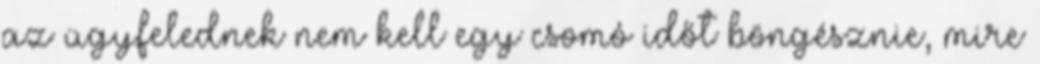
az ügyfelednek nem kell egy csomó időt böngésznie, mire